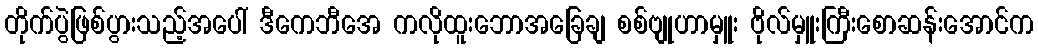
တိုက်ပွဲဖြစ်ပွားသည့်အပေါ် ဒီကေဘီအေ ကလိုထူးဘောအခြေချ စစ်ဗျုဟာမှူး ဗိုလ်မှူးကြီးစောဆန်းအောင်က